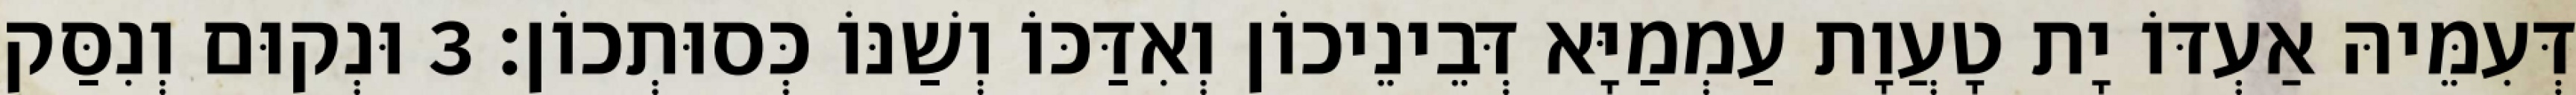
דְּעִמֵּיהּ אַעְדּוֹ יָת טָעֲוָת עַמְמַיָּא דְּבֵינֵיכוֹן וְאִדַּכּוֹ וְשַׁנּוֹ כְּסוּתְכוֹן׃ 3 וּנְקוּם וְנִסַּק